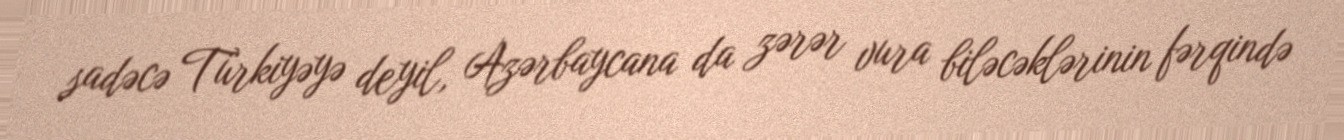
sadəcə Türkiyəyə deyil, Azərbaycana da zərər vura biləcəklərinin fərqində